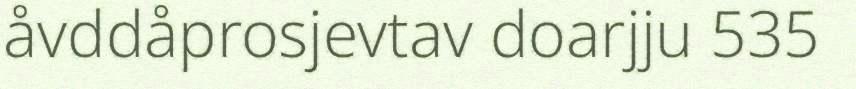
åvddåprosjevtav doarjju 535